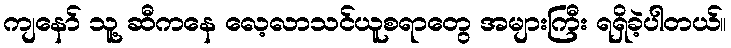
ကျနော် သူ့ ဆီကနေ လေ့လာသင်ယူစရာတွေ အများကြီး ရရှိခဲ့ပါတယ်။